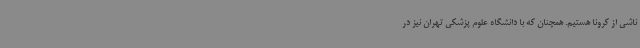
ناشی از کرونا هستیم. همچنان که با دانشگاه علوم پزشکی تهران نیز در